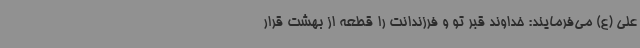
علی (ع) می‌فرمایند: خداوند قبر تو و فرزندانت را قطعه از بهشت قرار